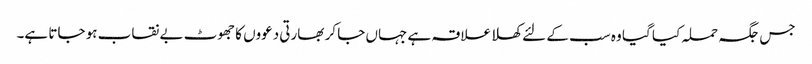
جس جگہ حملہ کیا گیا وہ سب کے لئے کھلا علاقہ ہے جہاں جا کر بھارتی دعووں کا جھوٹ بے نقاب ہو جاتا ہے۔